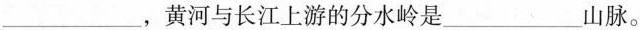
___，黄河与长江上游的分水岭是____山脉。